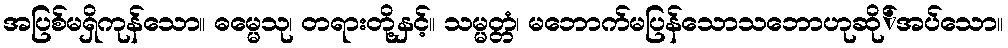
အပြစ်မရှိကုန်သော။ ဓမ္မေသု၊ တရားတို့နှင့်။ သမ္မတ္တံ၊ မဘောက်မပြန်သောသဘောဟုဆို်အပ်သော။